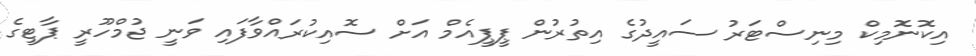
އިކޮނޮމިކް މިނިސްޓަރު ސައީދުގެ އިތުރުން ޕީޕީއެމް އަށް ސޮއިކުރައްވާފައި ވަނީ ޖުމްހޫރީ ޕާޓީގެ